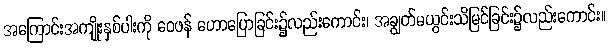
အကြောင်းအကျိုးနှစ်ပါးကို ဝေဖန် ဟောပြောခြင်း၌လည်းကောင်း၊ အချွတ်မယွင်းသိမြင်ခြင်း၌လည်းကောင်း။